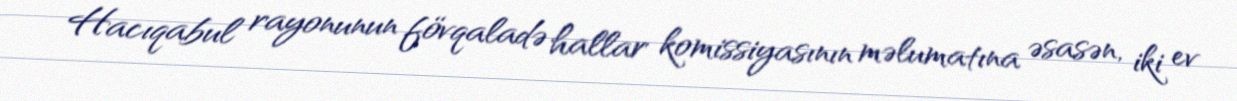
Hacıqabul rayonunun fövqaladə hallar komissiyasının məlumatına əsasən, iki ev